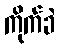
ကိုက်ခဲ